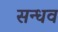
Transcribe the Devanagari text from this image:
सन्धव